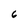
Character: 6